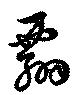
翲